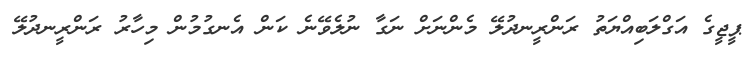
ޕީޖީގެ އަގްލަބިއްޔަތު ރަންރީނދުލޭ މެންނަށް ނަގާ ނުލެވޭނެ ކަން އެނގުމުން މިހާރު ރަންރީނދުލޭ